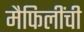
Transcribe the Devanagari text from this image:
मैफिलींची